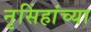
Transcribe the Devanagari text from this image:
नृसिंहांंच्या